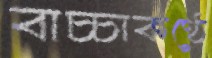
বাচ্চাকণ্ঠে